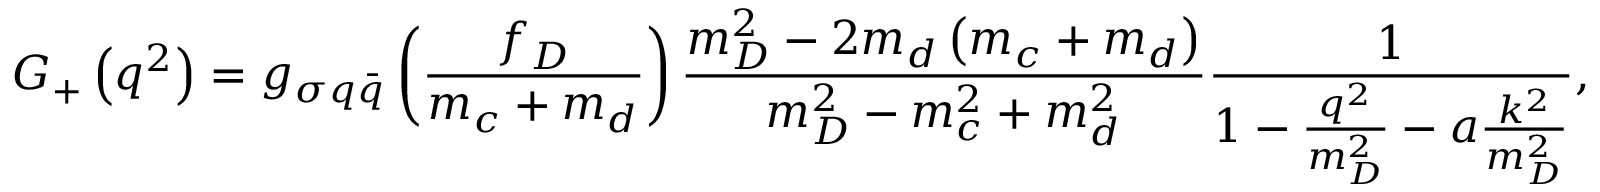
G _ { + } \left( q ^ { 2 } \right) = g _ { \sigma q \bar { q } } \left( \frac { f _ { D } } { m _ { c } + m _ { d } } \right) \frac { m _ { D } ^ { 2 } - 2 m _ { d } \left( m _ { c } + m _ { d } \right) } { m _ { D } ^ { 2 } - m _ { c } ^ { 2 } + m _ { d } ^ { 2 } } \frac 1 { 1 - \frac { q ^ { 2 } } { m _ { D } ^ { 2 } } - a \frac { k ^ { 2 } } { m _ { D } ^ { 2 } } } ,